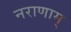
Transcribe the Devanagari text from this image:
नराणाम्